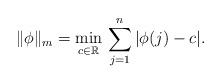
LaTeX: \begin{align*} \| \phi\|_m = \min_{c\in \mathbb{R}}\, \sum_{j=1}^n |\phi(j) - c |.\end{align*}